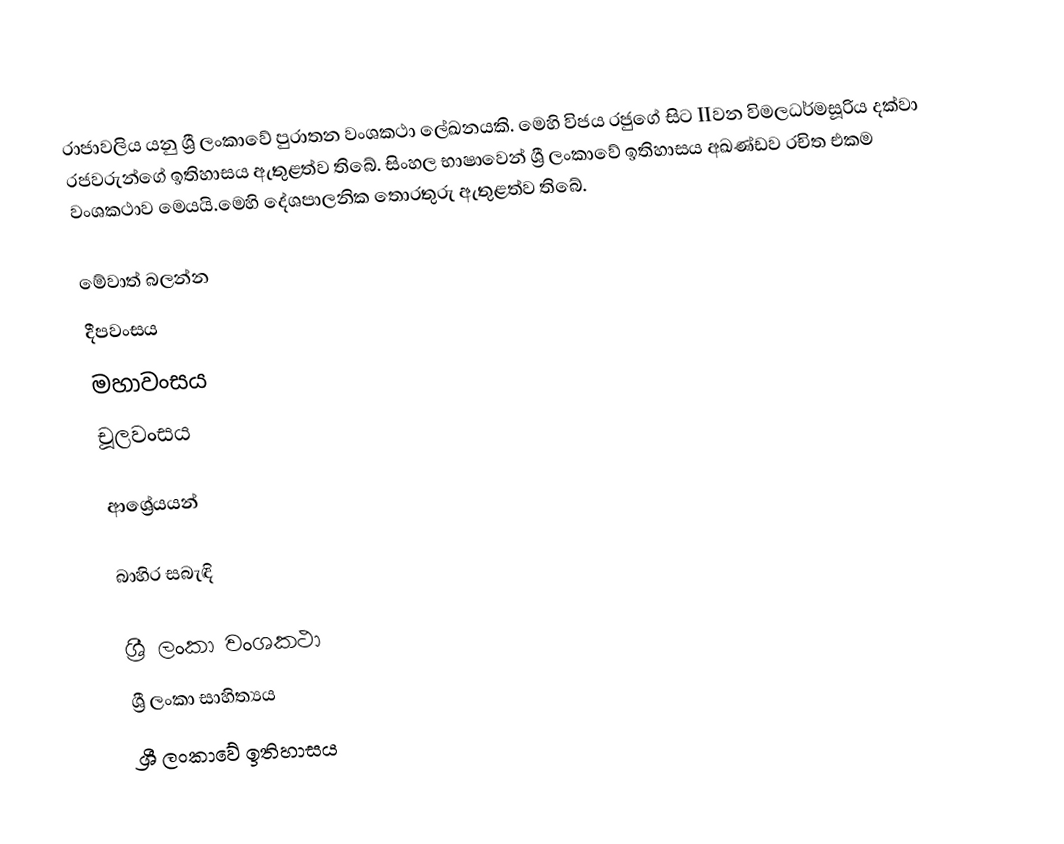
රාජාවලිය යනු ශ්‍රී ලංකාවේ පුරාතන වංශකථා ලේඛනයකි. මෙහි විජය රජුගේ සිට IIවන විමලධර්මසූරිය දක්වා රජවරුන්ගේ ඉතිහාසය ඇතුළත්ව තිබේ. සිංහල භාෂාවෙන් ශ්‍රී ලංකාවේ ඉතිහාසය අඛණ්ඩව රචිත එකම වංශකථාව මෙයයි.මෙහි දේශපාලනික තොරතුරු ඇතුළත්ව තිබේ.

මේවාත් බලන්න
 දීපවංසය
 මහාවංසය
 චූලවංසය

ආශ්‍රේයයන්

බාහිර සබැඳි

ශ්‍රී ලංකා වංශකථා
ශ්‍රී ලංකා සාහිත්‍යය
ශ්‍රී ලංකාවේ ඉතිහාසය